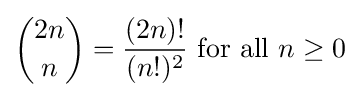
{2n \choose n}={\frac {(2n)!}{(n!)^{2}}}{\text{ for all }}n\geq 0